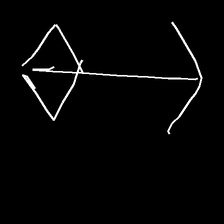
Glyph: focus